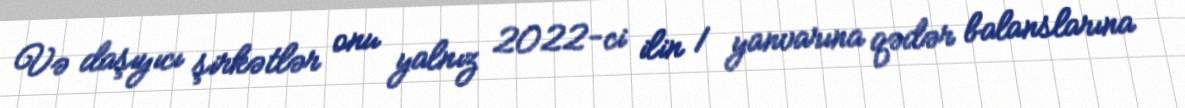
Və daşıyıcı şirkətlər onu yalnız 2022-ci ilin 1 yanvarına qədər balanslarına